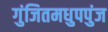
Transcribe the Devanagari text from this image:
गुंजितमधुपपुंज